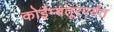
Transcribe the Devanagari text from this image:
कोईम्बतूरपर्यंत